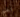
نعم